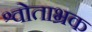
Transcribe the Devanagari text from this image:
श्वोताभ्रक